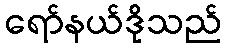
ရော်နယ်ဒိုသည်